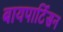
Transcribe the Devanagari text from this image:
बायपार्टिसन